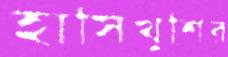
হাসিখুশির